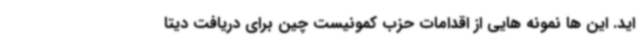
اید. این ها نمونه هایی از اقدامات حزب کمونیست چین برای دریافت دیتا